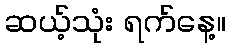
ဆယ့်သုံး ရက်နေ့။